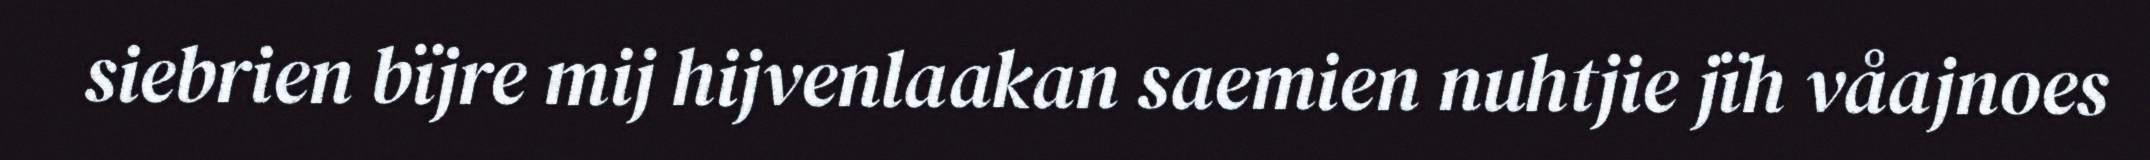
siebrien bïjre mij hijvenlaakan saemien nuhtjie jïh våajnoes